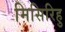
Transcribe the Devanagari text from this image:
मिसिरिहु